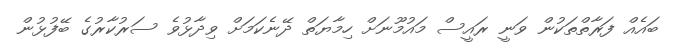
ބައެއް ފަރާތްތަކުން ވަނީ ރައީސް މައުމޫނަށް ހިމާޔަތް ދޭނެކަމަށް ވިދާޅުވެ ސަރުކާރުގެ ބޭފުޅުން